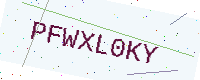
Text: PFWXL0KY